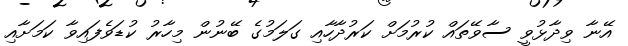
އޭނާ ވިދާޅުވީ ސާވޭތައް ކުރުމަށް ކަރުދާހާއި ގަލަމުގެ ބޭނުން މިހާރު ކުޑަވެފައިވާ ކަމަށާއި